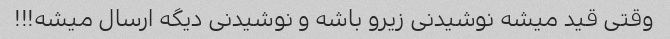
وقتی قید میشه نوشیدنی زیرو باشه و نوشیدنی دیگه ارسال میشه!!!